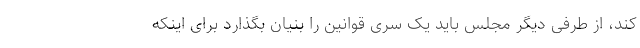
کند، از طرفی دیگر مجلس باید یک سری قوانین را بنیان بگذارد برای اینکه